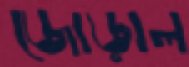
জোড়াল